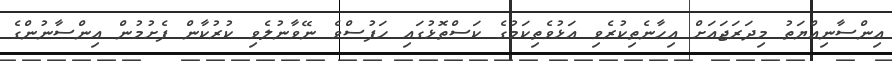
އިންސާނިއްޔަތު މިދަރަޖައަށް އިހާނެތިކުރެވި އަޅުވެތިކަމުގެ ކަސްތޮޅުގައި ހަފުސްވެ ނޭވާނުލެވި ކުރުކާން ފެށުމުން އިންސާނުންގެ